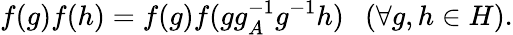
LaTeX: f(g)f(h)=f(g)f(gg_{A}^{-1}g^{-1}h)~~~(\forall g,h\in H).